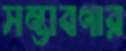
সম্ভাবণার